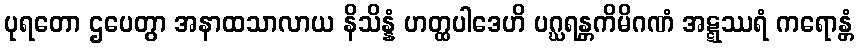
ပုရတော ဌပေတွာ အနာထသာလာယ နိသိန္နံ ဟတ္ထပါဒေဟိ ပဂ္ဃရန္တကိမိဂဏံ အဋ္ဋဿရံ ကရောန္တံ